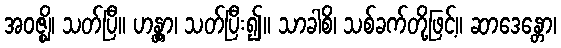
အဝဇ္ဈိ၊ သတ်ပြီ။ ဟန္တွာ၊ သတ်ပြီး၍။ သာခါစိ၊ သစ်ခက်တို့ဖြင့်။ ဆာဒေန္တော၊